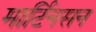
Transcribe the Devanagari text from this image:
मार्टिनसन